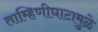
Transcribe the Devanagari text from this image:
ताम्हिणीघाटामुळे